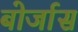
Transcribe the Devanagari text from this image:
बोर्जास